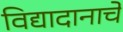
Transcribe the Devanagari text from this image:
विद्यादानाचे